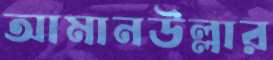
আমানউল্লার